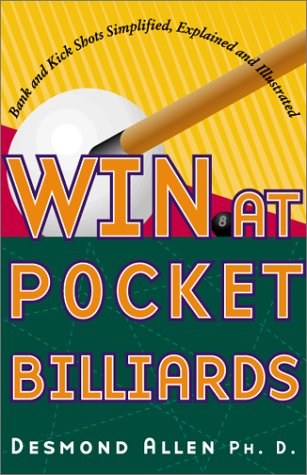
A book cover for Win at Pocket Billiards; Desmond Allen; Sports & Outdoors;